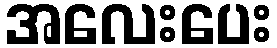
အလေးပေး